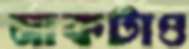
নাকটাও